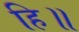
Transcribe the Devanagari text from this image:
हि॥